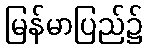
မြန်မာပြည်၌